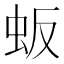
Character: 𬟸